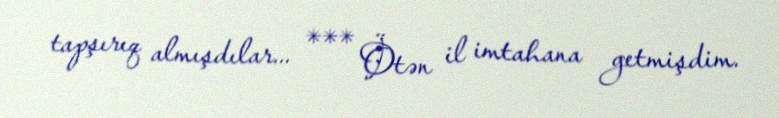
tapşırıq almışdılar... *** Ötən il imtahana getmişdim.